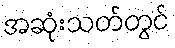
အဆုံးသတ်တွင်